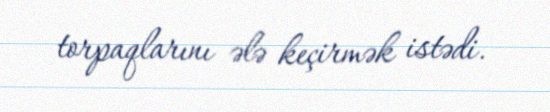
torpaqlarını ələ keçirmək istədi.